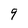
Character: 9